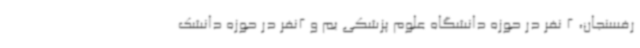
رفسنجان، 2 نفر در حوزه دانشگاه علوم پزشکی بم و 2نفر در حوزه دانشک